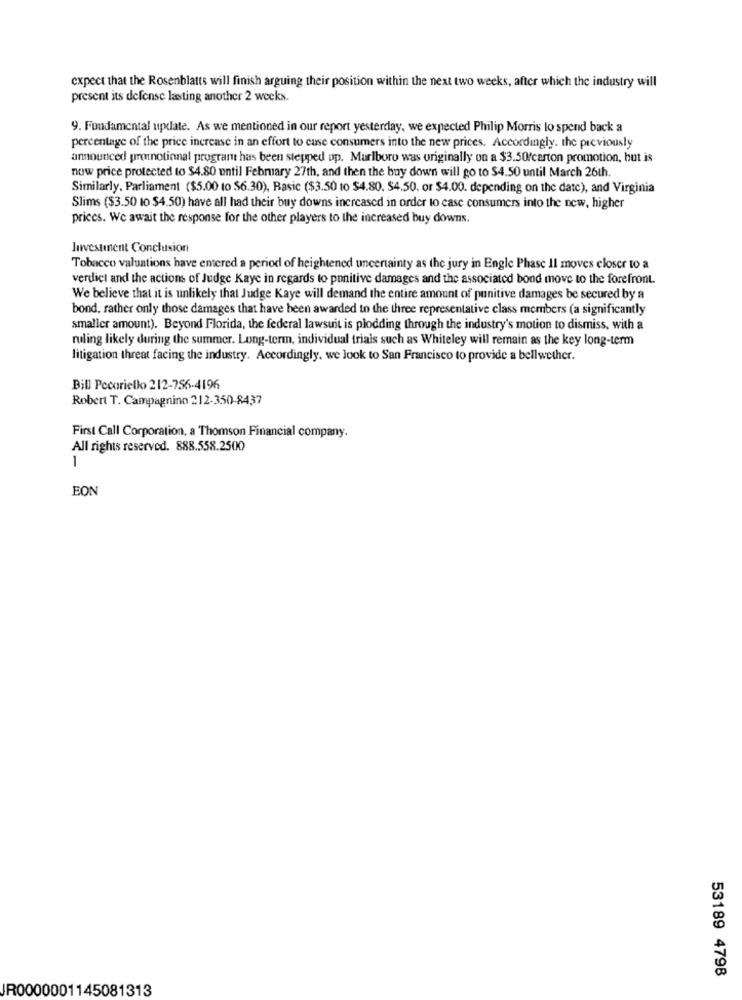
expect that the Rosenblatts will finish arguing their position within the next two weeks, after which the industry will
present its defense lasting another 2 weeks.
9. Fundamental update. As we mentioned in our report yesterday, we expected Philip Morris lo spend back a
percentage of the price increase in an effort to case consumers into the new prices. Accordingly. the previously
announced promotional programt has been stepped up. Marlboro was originally on a $3.50/carton promotion, but is
now price protected to $4.80 until February 27th, and then the buy down will go to $4.50 until March 26th.
Similarly. Parliament ($5.00 to $6.30), Basic ($3.50 to $4.80. $4.50. or $4.00. depending on the date), and Virginia
Slims ($3.50 to $4.50) have all had their buy downs increased in order to case consumers into the new, higher
prices. We await the response for the other players to the increased buy downs.
Investment Conclusion
Tobacco valuations have entered a period of heightened uncertainty as the jury in Engle Phase Il moves closer to a
verdict and the actions of Judge Kaye in regards to punitive damages and the associated bond move to the forefront.
We believe that it is unlikely that Judge Kaye will demand the entire amount of punitive damages be secured by a
bond, rather only those damages that have been awarded to the three representative class members (a significantly
smaller amount). Beyond Florida, the federal lawsuit is plodding through the industry's motion to dismiss, with a
ruling likely during the summer. Long-term, individual trials such as Whiteley will remain as the key long-term
litigation threat facing the industry. Accordingly, we look to San Francisco to provide a bellwether.
Bill Pecoriello 212-756-4196
Robert T. Campagnino 212-350-8437
First Call Corporation, a Thomson Financial company.
All rights reserved. 888.558.2500
1
EON
53189 4798
IR0000001145081313